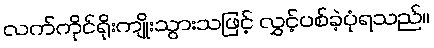
လက်ကိုင်ရိုးကျိုးသွားသဖြင့် လွှင့်ပစ်ခဲ့ပုံရသည်။